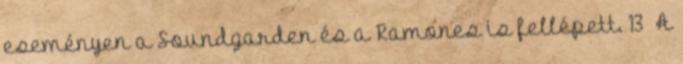
eseményen a Soundgarden és a Ramones is fellépett. 13 A